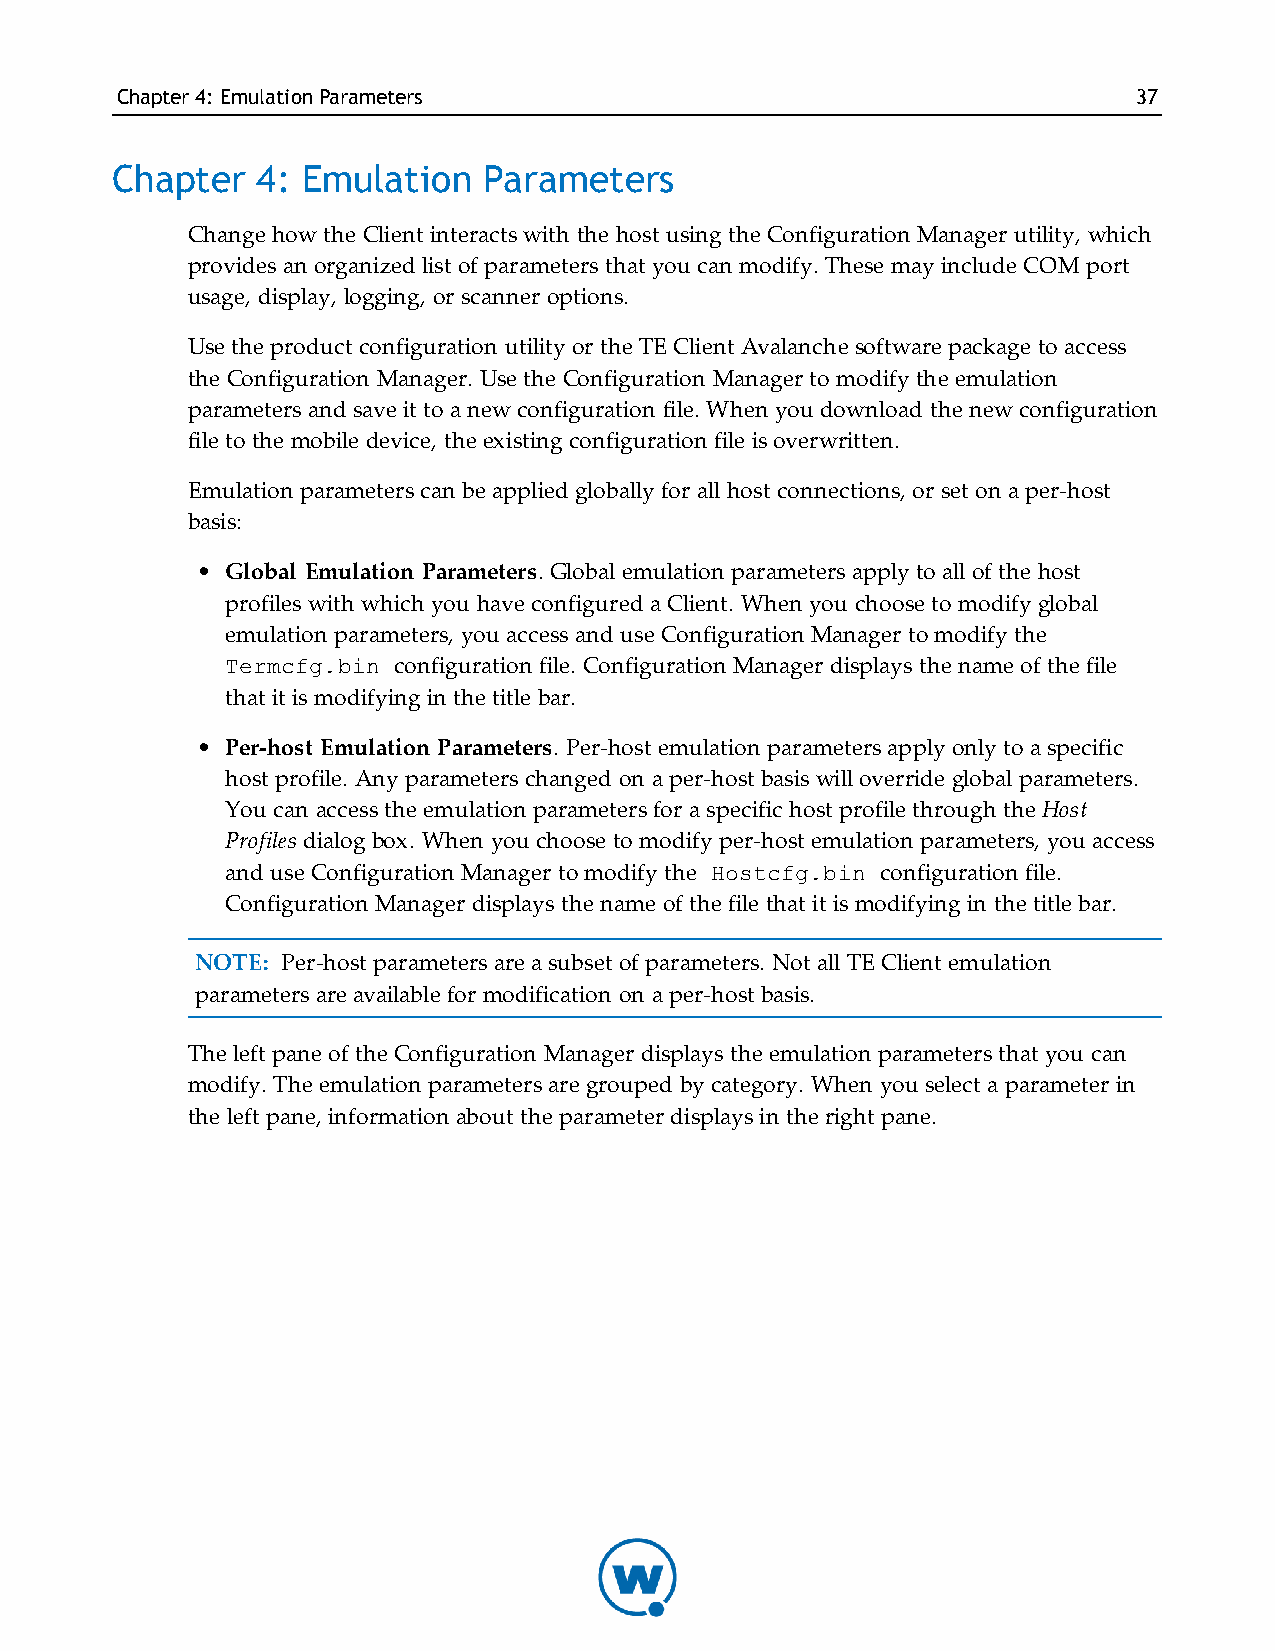
Chapter4: EmulationParameters                                      37
 Chapter   4: Emulation   Parameters
 Change how the Client interacts with the host using the Configuration Manager utility, which
 provides an organized list of parameters that you can modify. These may include COM port
 usage, display, logging, or scanner options.
 Use the product configuration utility or the TE Client Avalanche software package to access
 the Configuration Manager. Use the Configuration Manager to modify the emulation
 parameters and save it to a new configuration file. When you download the new configuration
 file to the mobile device, the existing configuration file is overwritten.
 Emulation parameters can be applied globally for all host connections, or set on a per-host
 basis:
 • Global Emulation Parameters. Global emulation parameters apply to all of the host
 profiles with which you have configured a Client. When you choose to modify global
 emulation parameters, you access and use Configuration Manager to modify the
 Termcfg.bin configuration file. Configuration Manager displays the name of the file
 that it is modifying in the title bar.
 • Per-host Emulation Parameters. Per-host emulation parameters apply only to a specific
 host profile. Any parameters changed on a per-host basis will override global parameters.
 You can access the emulation parameters for a specific host profile through the Host
 Profiles dialog box. When you choose to modify per-host emulation parameters, you access
 and use Configuration Manager to modify the Hostcfg.bin configuration file.
 Configuration Manager displays the name of the file that it is modifying in the title bar.
 NOTE: Per-host parameters are a subset of parameters. Not all TE Client emulation
 parameters are available for modification on a per-host basis.
 The left pane of the Configuration Manager displays the emulation parameters that you can
 modify. The emulation parameters are grouped by category. When you select a parameter in
 the left pane, information about the parameter displays in the right pane.